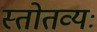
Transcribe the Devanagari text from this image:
स्तोतव्यः